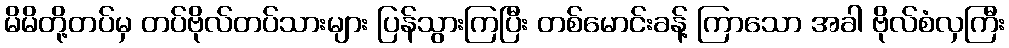
မိမိတို့တပ်မှ တပ်ဗိုလ်တပ်သားများ ပြန်သွားကြပြီး တစ်မောင်းခန့် ကြာသော အခါ ဗိုလ်စံလှကြီး